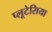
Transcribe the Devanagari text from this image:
प्लूटेसिया